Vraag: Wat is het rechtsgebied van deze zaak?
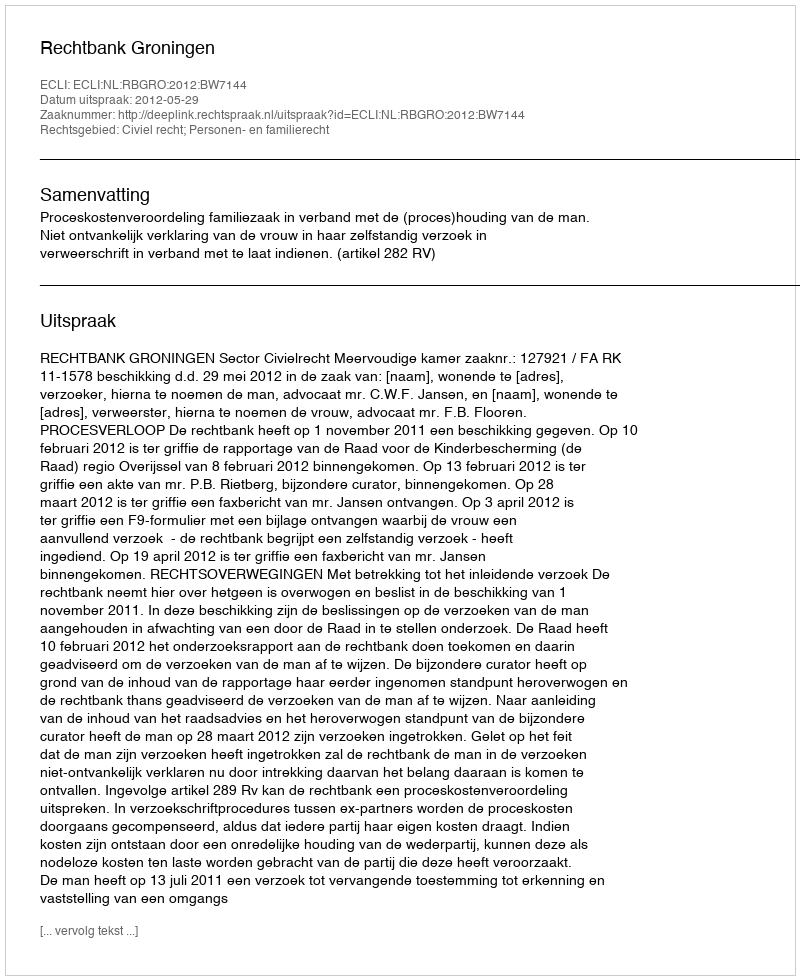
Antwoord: Civiel recht; Personen- en familierecht